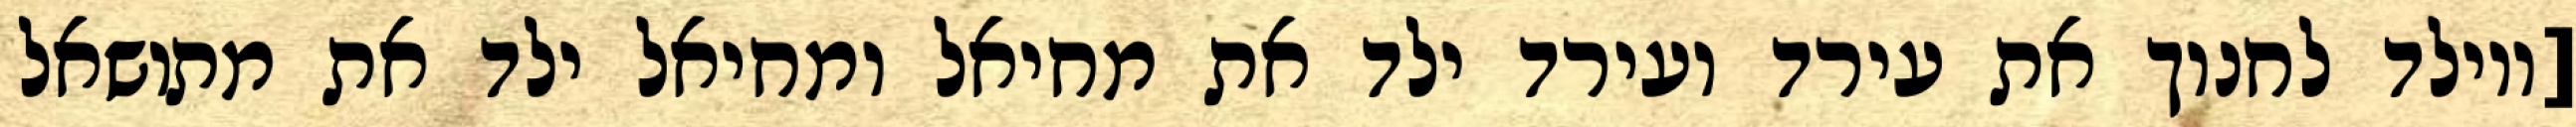
[ויולד לחנוך את עירד ועירד ילד את מחיאל ומחיאל ילד את מתושאל